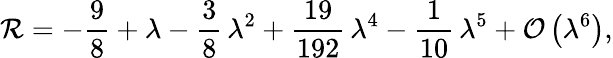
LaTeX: \mathcal{R}=-\frac{9}{8}+\lambda-\frac{3}{8}\, \lambda^{2}+\frac{19}{192}\, \lambda^{4}-\frac{1}{10}\, \lambda^{5}+\mathcal{O}\left(\lambda^{6}\right),